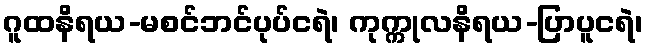
ဂူထနိရယ-မစင်ဘင်ပုပ်ငရဲ၊ ကုက္ကုလနိရယ-ပြာပူငရဲ၊